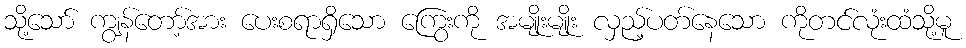
သို့သော် ကျွန်တော့်အား ပေးစရာရှိသော ကြွေးကို အမျိုးမျိုး လှည့်ပတ်နေသော ကိုတင်လုံးထံသို့မူ